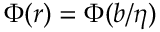
\Phi ( r ) = \Phi ( b / \eta )